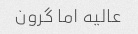
عالیه اما گرون